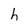
Character: h